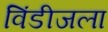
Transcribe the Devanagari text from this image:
विंडीजला